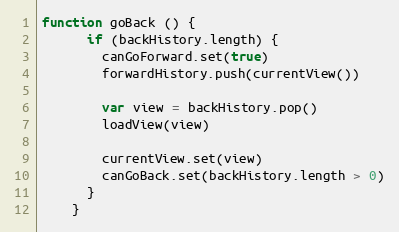
Language: JavaScript
function goBack () {
      if (backHistory.length) {
        canGoForward.set(true)
        forwardHistory.push(currentView())

        var view = backHistory.pop()
        loadView(view)

        currentView.set(view)
        canGoBack.set(backHistory.length > 0)
      }
    }